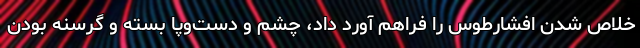
خلاص شدن افشارطوس را فراهم آورد داد، چشم و دست‌وپا بسته و گرسنه بودن